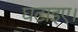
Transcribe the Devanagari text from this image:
घटाइए।